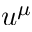
u ^ { \mu }